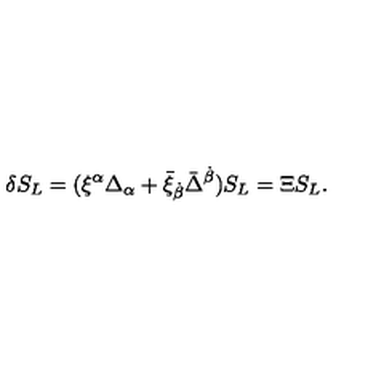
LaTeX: \delta S _ { L } = ( \xi ^ { \alpha } \Delta _ { \alpha } + \bar { \xi } _ { \dot { \beta } } \bar { \Delta } ^ { \dot { \beta } } ) S _ { L } = \Xi S _ { L } .